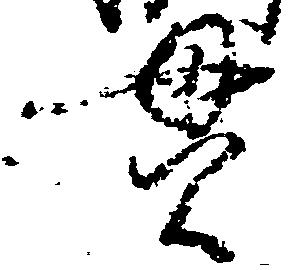
貫